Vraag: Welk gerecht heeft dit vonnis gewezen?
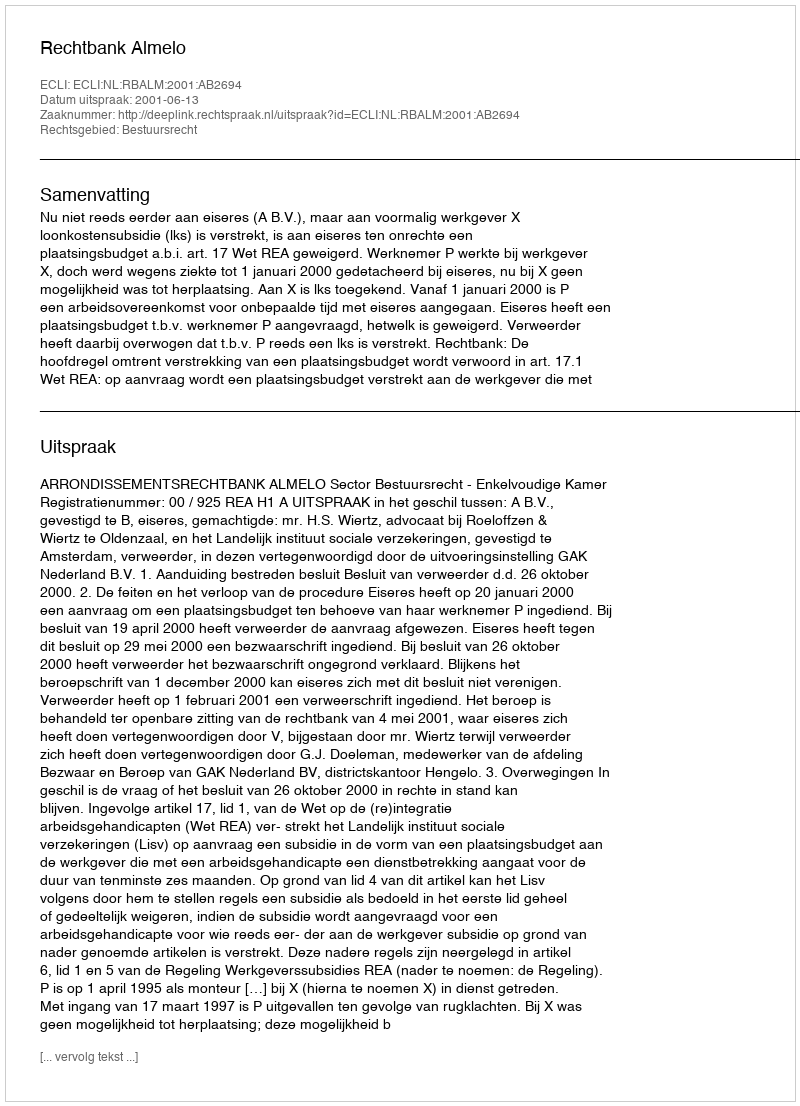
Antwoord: Rechtbank Almelo